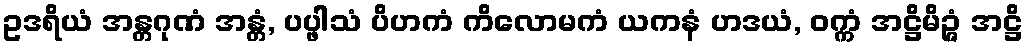
ဥဒရိယံ အန္တဂုဏံ အန္တံ, ပပ္ဖါသံ ပိဟကံ ကိလောမကံ ယကနံ ဟဒယံ, ဝက္ကံ အဋ္ဌိမိဉ္ဇံ အဋ္ဌိ